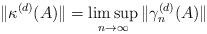
LaTeX: \begin{align*}\|\kappa^{(d)}(A)\|=\limsup_{n\to\infty}\|\gamma_n^{(d)}(A)\|\end{align*}